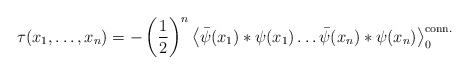
\begin{align*}\tau(x_1,\ldots,x_n)=-\left(\frac{1}{2}\right)^n\left< \bar\psi(x_1)*\psi(x_1)\ldots\bar\psi(x_n)*\psi(x_n)\right>^{\rm conn.}_0\end{align*}